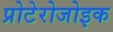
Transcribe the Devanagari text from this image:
प्रोटेरोजोइक